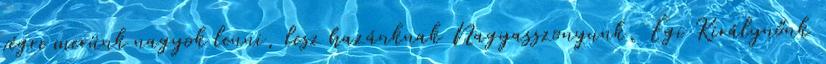
végre merünk nagyok lenni, lesz hazánknak Nagyasszonyunk, Égi Királynőnk